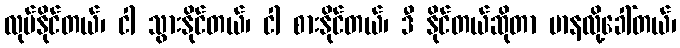
လုပ်နိုင်တယ်၊ ငါ သွားနိုင်တယ်၊ ငါ စားနိုင်တယ်၊ ဒီ နိုင်တယ်ဆိုတာ မာနလို့ခေါ်တယ်၊